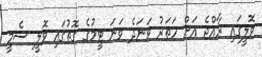
ވޮލީގައި ރާއްޖެ އަށް ހަތަރު ވަނަދެ ވަނަ ޓީމުގެ ގޮތުގައި ވޮލީ ސެމީ